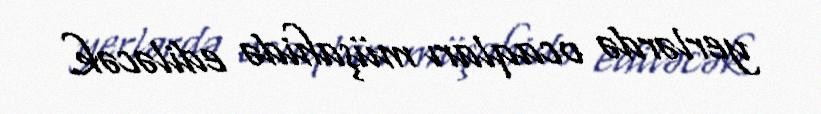
yerlərdə ocaqları müşahidə ediləcək.